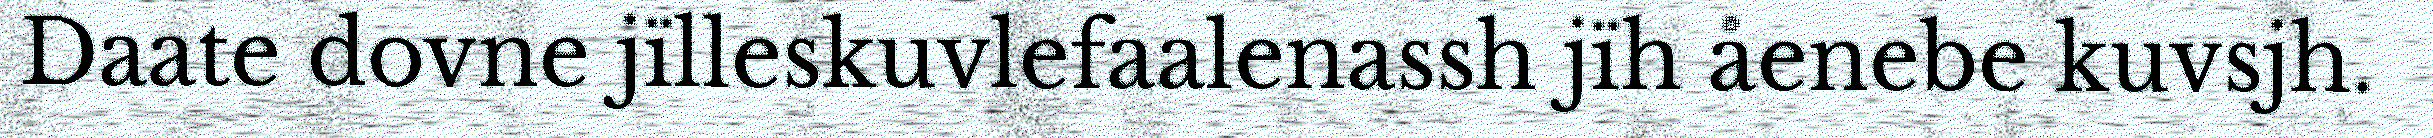
Daate dovne jïlleskuvlefaalenassh jïh åenebe kuvsjh.